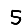
Digit: 5